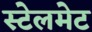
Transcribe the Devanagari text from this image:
स्टेलमेट